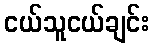
ငယ်သူငယ်ချင်း